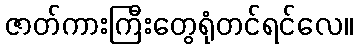
ဇာတ်ကားကြီးတွေရုံတင်ရင်လေ။